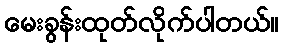
မေးခွန်းထုတ်လိုက်ပါတယ်။